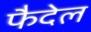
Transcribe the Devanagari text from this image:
फैदेल